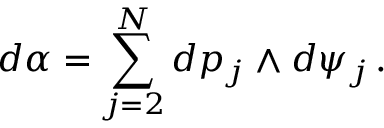
d \alpha = \sum _ { j = 2 } ^ { N } d p _ { j } \wedge d \psi _ { j } \, .